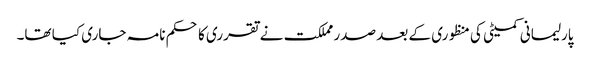
پارلیمانی کمیٹی کی منظوری کے بعد صدر مملکت نے تقرری کا حکم نامہ جاری کیا تھا۔